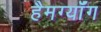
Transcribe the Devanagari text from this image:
हैमग्यॉंग